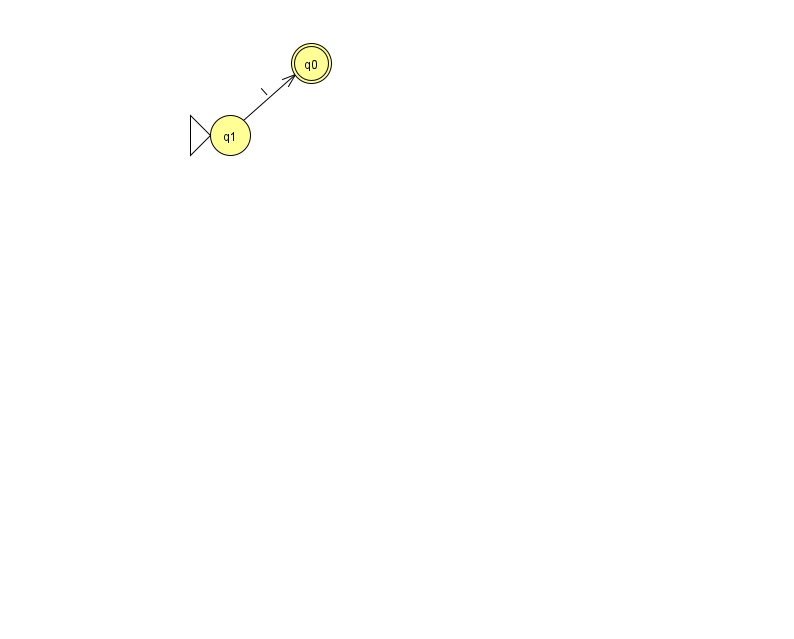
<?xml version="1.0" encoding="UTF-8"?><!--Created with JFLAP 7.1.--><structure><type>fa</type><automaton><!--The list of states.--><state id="0" name="q0"><x>311.0</x><y>50.0</y><final/></state><state id="1" name="q1"><x>230.0</x><y>122.0</y><initial/></state><!--The list of transitions.--><transition><from>1</from><to>0</to><read>I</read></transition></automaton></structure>